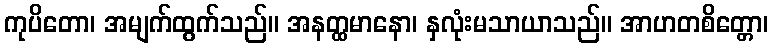
ကုပိတော၊ အမျက်ထွက်သည်။ အနတ္ထမာနော၊ နှလုံးမသာယာသည်။ အာဟတစိတ္တော၊